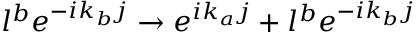
l ^ { b } e ^ { - i k _ { b } j } \rightarrow e ^ { i k _ { a } j } + l ^ { b } e ^ { - i k _ { b } j }